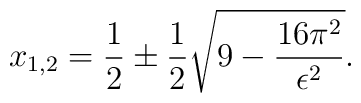
x_{1,2}=\frac{1}{2}\pm \frac{1}{2}\sqrt{9-\frac{16\pi ^2}{\epsilon ^2}}.